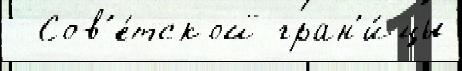
  Сов'е́тской гран'и́цы